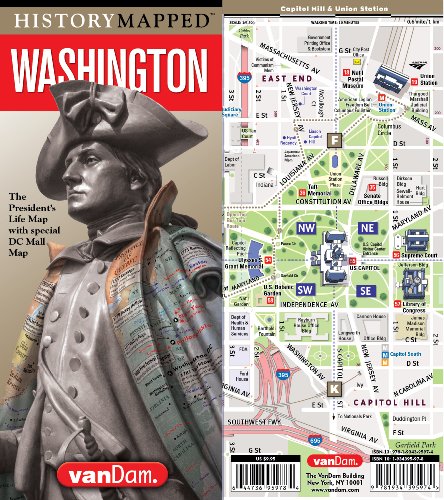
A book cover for HistoryMapped George Washington Presidential Map - DC Edition; Stephan Van Dam; Travel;